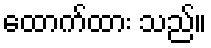
ထောက်ထား သည်။